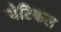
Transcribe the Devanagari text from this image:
जेटिकल